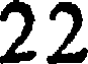
22